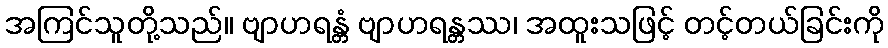
အကြင်သူတို့သည်။ ဗျာဟရန္တံ ဗျာဟရန္တဿ၊ အထူးသဖြင့် တင့်တယ်ခြင်းကို